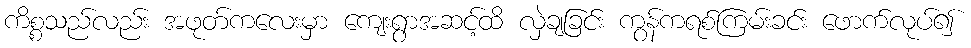
ကိစ္စသည်လည်း အဖုတ်ကလေးမှာ ကျေးရွာအဆင့်ထိ လှဲချခြင်း ကွန်ကရစ်ကြမ်းခင်း ဖောက်လုပ်၍